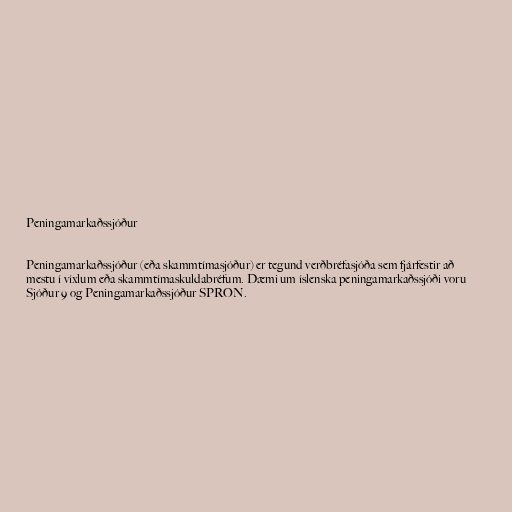
Peningamarkaðssjóður

Peningamarkaðssjóður (eða skammtímasjóður) er tegund verðbréfasjóða sem fjárfestir að
mestu í víxlum eða skammtímaskuldabréfum. Dæmi um íslenska peningamarkaðssjóði voru
Sjóður 9 og Peningamarkaðssjóður SPRON.